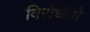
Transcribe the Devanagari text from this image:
विरोधैयो